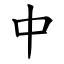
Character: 中